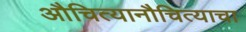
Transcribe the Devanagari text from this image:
औचित्यानौचित्याचा